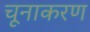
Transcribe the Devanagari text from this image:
चूनाकरण